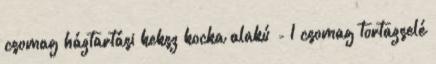
csomag háztartási keksz kocka alakú - 1 csomag tortazselé